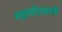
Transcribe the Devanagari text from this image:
महापौरासाठी